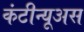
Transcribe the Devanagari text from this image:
कंटीन्यूअस